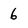
Character: 6